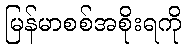
မြန်မာစစ်အစိုးရကို